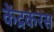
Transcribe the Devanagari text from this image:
केंद्रकरस